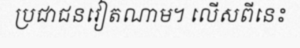
ប្រជាជនវៀតណាម។ លើសពីនេះ